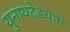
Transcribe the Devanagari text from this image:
युनायटेडचाच